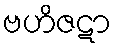
ဗဟိဇဋာ